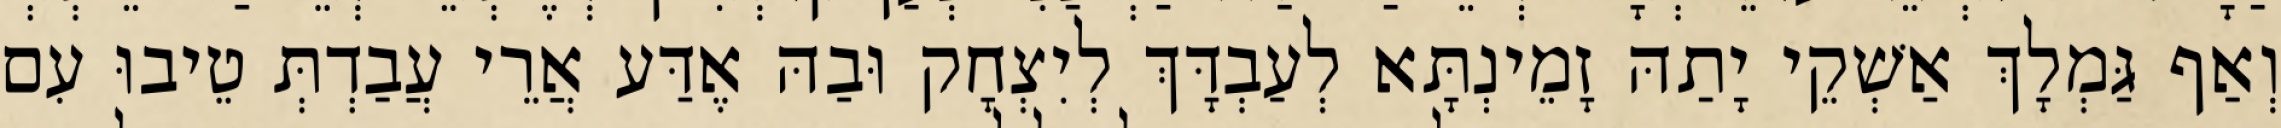
וְאַף גַּמְלָךְ אַשְׁקֵי יָתַהּ זָמֵינְתָּא לְעַבְדָּךְ לְיִצְחָק וּבַהּ אֶדַּע אֲרֵי עֲבַדְתְּ טֵיבוּ עִם